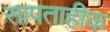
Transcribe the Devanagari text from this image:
सापताहीक